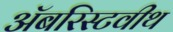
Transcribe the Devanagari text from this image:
अॅबरिस्टवीथ